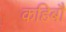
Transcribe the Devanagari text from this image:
कहिबौ